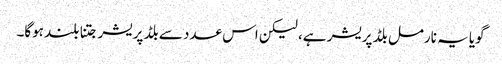
گویا یہ نارمل بلڈ پریشر ہے، لیکن اس عدد سے بلڈ پریشر جتنا بلند ہوگا۔